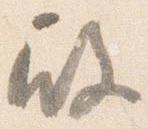
殿